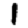
Digit: 1